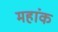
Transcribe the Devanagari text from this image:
महांक